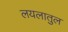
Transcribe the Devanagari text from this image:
लयलातुल